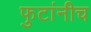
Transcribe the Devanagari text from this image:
फुटांनीच